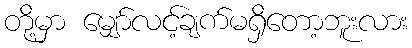
တို့မှာ မျှော်လင့်ချက်မရှိတော့ဘူးလား